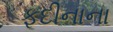
ફૂદીનાના